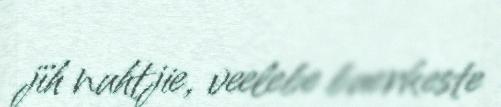
jïh nuhtjie, veelebe buerkeste